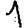
Digit: 1